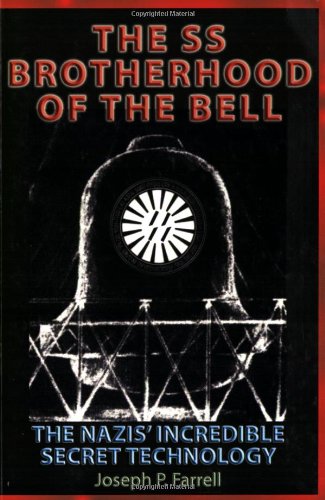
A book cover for The SS Brotherhood of the Bell: Nasa's Nazis, JFK, And Majic-12; Joseph P. Farrell; Religion & Spirituality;